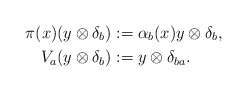
\begin{align*}\pi(x)(y \otimes \delta_{b})&:=\alpha_{b}(x)y\otimes \delta_{b}, \\V_{a}(y \otimes \delta_{b})&:=y \otimes \delta_{ba}.\end{align*}